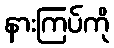
နားကြပ်ကို